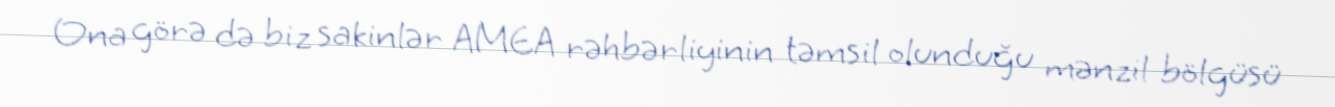
Ona görə də biz sakinlər AMEA rəhbərliyinin təmsil olunduğu mənzil bölgüsü